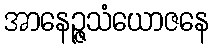
အာနေဉ္ဇသံယောဇနေ